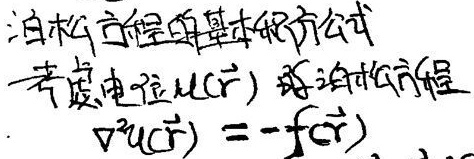
泊松方程的基本积分公式
考虑电位\(u(\vec{r})\)的泊松方程
\(\nabla^{2}u(\vec{r})=-f(\vec{r})\)